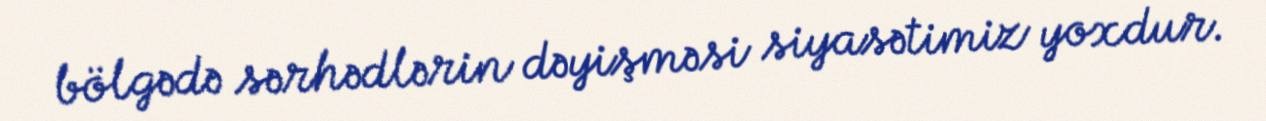
bölgədə sərhədlərin dəyişməsi siyasətimiz yoxdur.